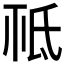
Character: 𣱊